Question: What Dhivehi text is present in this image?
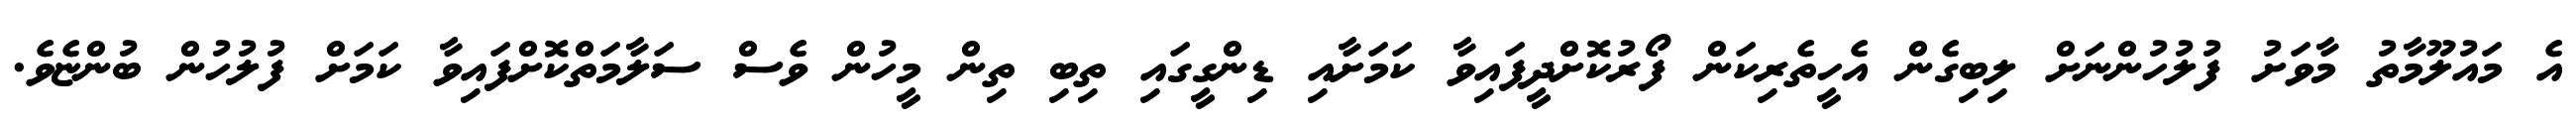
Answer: އެ މައުލޫމާތު މާވަށު ފުލުހުންނަށް ލިބިގެން އެހީތެރިކަން ފޯރުކޮށްދީފައިވާ ކަމަށާއި ޑިންގީގައި ތިބި ތިން މީހުން ވެސް ސަލާމަތްކޮށްފައިވާ ކަމަށް ފުލުހުން ބުންޏެވެ.